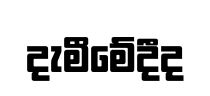
දැමීමේදීද